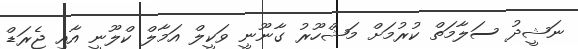
ނަޝީދު ސަލާމަތް ކުރުމަށް މަޝްހޫރު ގާނޫނީ ވަކީލް އަމާލް ކްލޫނީ އާއި ޖެރަޑް